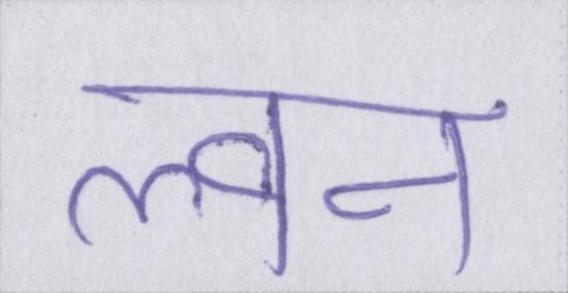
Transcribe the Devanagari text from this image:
ल्वन